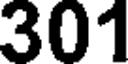
301